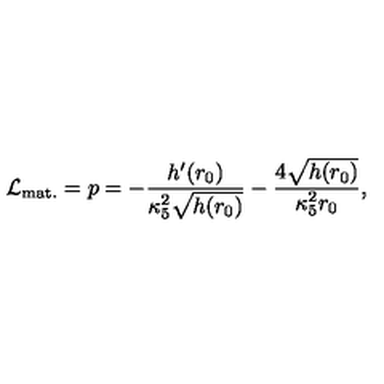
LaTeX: { \cal L } _ { \mathrm { m a t . } } = p = - \frac { h ^ { \prime } ( r _ { 0 } ) } { \kappa _ { 5 } ^ { 2 } \sqrt { h ( r _ { 0 } ) } } - \frac { 4 \sqrt { h ( r _ { 0 } ) } } { \kappa _ { 5 } ^ { 2 } r _ { 0 } } ,